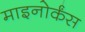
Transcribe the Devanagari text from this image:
माइनोर्कंस